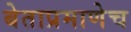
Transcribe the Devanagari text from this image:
बेताप्रमाणेच